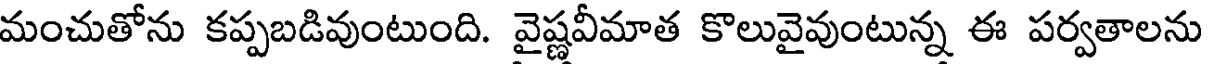
మంచుతోను కప్పబడివుంటుంది. వైష్ణవీమాత కొలువైవుంటున్న ఈ పర్వతాలను